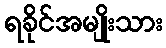
ရခိုင်အမျိုးသား